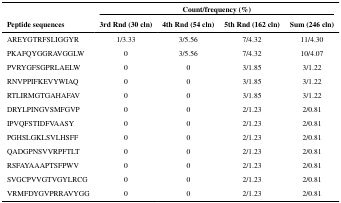
<table><thead><tr><td rowspan="2"><b>Peptide sequences</b></td><td colspan="4"><b>Count/frequency (%)</b></td></tr><tr><td><b>3rd Rnd (30 cln)</b></td><td><b>4th Rnd (54 cln)</b></td><td><b>5th Rnd (162 cln)</b></td><td><b>Sum (246 cln)</b></td></tr></thead><tbody><tr><td>AREYGTRFSLIGGYR</td><td>1/3.33</td><td>3/5.56</td><td>7/4.32</td><td>11/4.30</td></tr><tr><td>PKAFQYGGRAVGGLW</td><td>0</td><td>3/5.56</td><td>7/4.32</td><td>10/4.07</td></tr><tr><td>PVRYGFSGPRLAELW</td><td>0</td><td>0</td><td>3/1.85</td><td>3/1.22</td></tr><tr><td>RNVPPIFKEVYWIAQ</td><td>0</td><td>0</td><td>3/1.85</td><td>3/1.22</td></tr><tr><td>RTLIRMGTGAHAFAV</td><td>0</td><td>0</td><td>3/1.85</td><td>3/1.22</td></tr><tr><td>DRYLPINGVSMFGVP</td><td>0</td><td>0</td><td>2/1.23</td><td>2/0.81</td></tr><tr><td>IPVQFSTIDFVAASY</td><td>0</td><td>0</td><td>2/1.23</td><td>2/0.81</td></tr><tr><td>PGHSLGKLSVLHSFF</td><td>0</td><td>0</td><td>2/1.23</td><td>2/0.81</td></tr><tr><td>QADGPNSVVRPFTLT</td><td>0</td><td>0</td><td>2/1.23</td><td>2/0.81</td></tr><tr><td>RSFAYAAAPTSFPWV</td><td>0</td><td>0</td><td>2/1.23</td><td>2/0.81</td></tr><tr><td>SVGCPVVGTVGYLRCG</td><td>0</td><td>0</td><td>2/1.23</td><td>2/0.81</td></tr><tr><td>VRMFDYGVPRRAVYGG</td><td>0</td><td>0</td><td>2/1.23</td><td>2/0.81</td></tr></tbody></table>